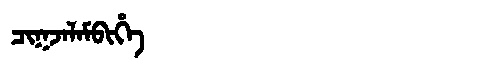
Manchu: ᠴᡳᡴᠵᠠᠯᠠᠮᠪᡳᡥᡝ
Romanization: CIKJALAMBIHE